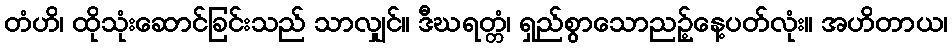
တံဟိ၊ ထိုသုံးဆောင်ခြင်းသည် သာလျှင်။ ဒီဃရတ္တံ၊ ရှည်စွာသောညဉ့်နေ့ပတ်လုံး။ အဟိတာယ၊